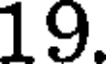
19.